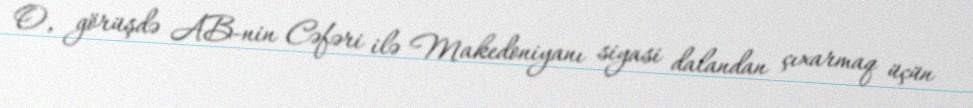
O, görüşdə AB-nin Cəfəri ilə Makedoniyanı siyasi dalandan çıxarmaq üçün